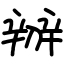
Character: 辧